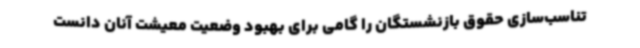
تناسب‌سازی حقوق بازنشستگان را گامی برای بهبود وضعیت معیشت آنان دانست